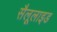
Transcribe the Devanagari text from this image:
सैलूलाइड